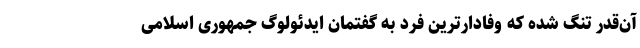
آن‌قدر تنگ شده که وفادارترین فرد به گفتمان ایدئولوگ جمهوری اسلامی